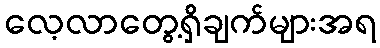
လေ့လာတွေ့ရှိချက်များအရ